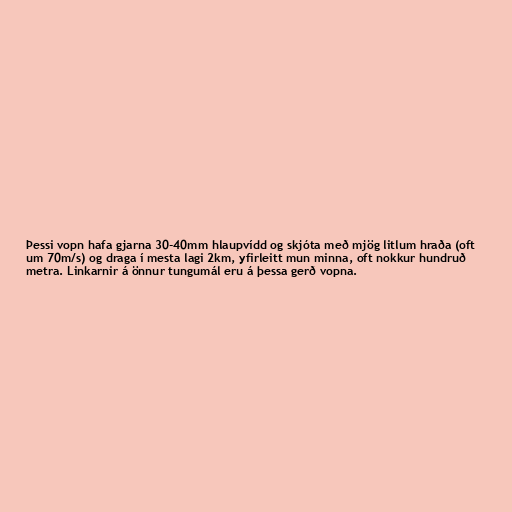
Þessi vopn hafa gjarna 30-40mm hlaupvídd og skjóta með mjög litlum hraða (oft
um 70m/s) og draga í mesta lagi 2km, yfirleitt mun minna, oft nokkur hundruð
metra. Linkarnir á önnur tungumál eru á þessa gerð vopna.